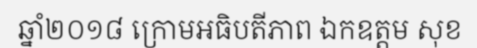
ឆ្នាំ២០១៨ ក្រោមអធិបតីភាព ឯកឧត្តម សុខ